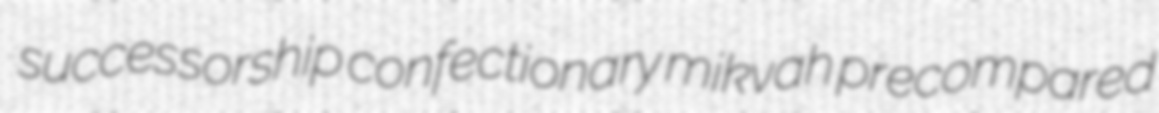
successorship confectionary mikvah precompared